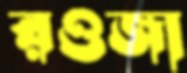
রওজা